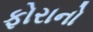
ફોરાનો